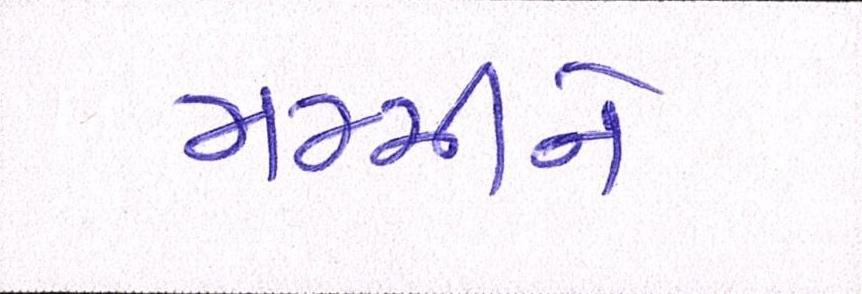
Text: મમ્મીને